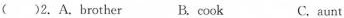
( )2.A.brother B. cook C. aunt